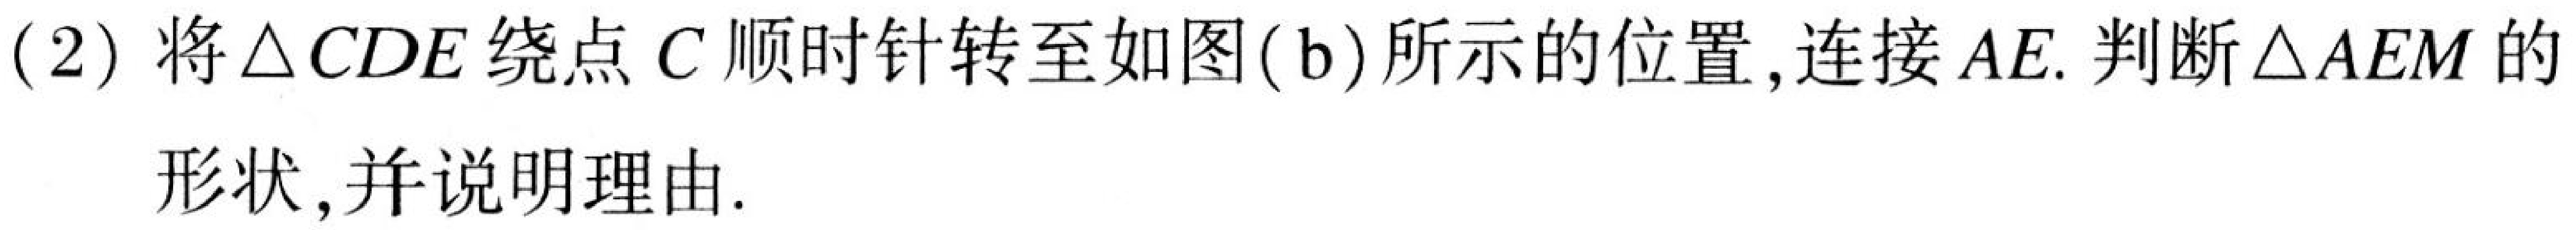
(2) 将\(\triangle CDE\)绕点\(C\)顺时针转至如图(b)所示的位置, 连接\(AE\). 判断\(\triangle AEM\)的形状, 并说明理由.